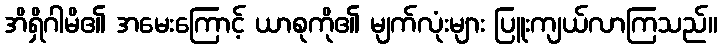
အိရှိဂါမိ၏ အမေးကြောင့် ယာစုကို၏ မျက်လုံးများ ပြူးကျယ်လာကြသည်။